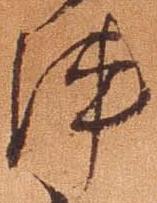
陣